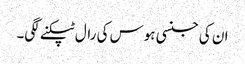
ان کی جنسی ہوس کی رال ٹپکنے لگی۔